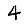
Digit: 4